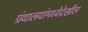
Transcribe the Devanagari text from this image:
ग्रंथालयांमध्येदेखील